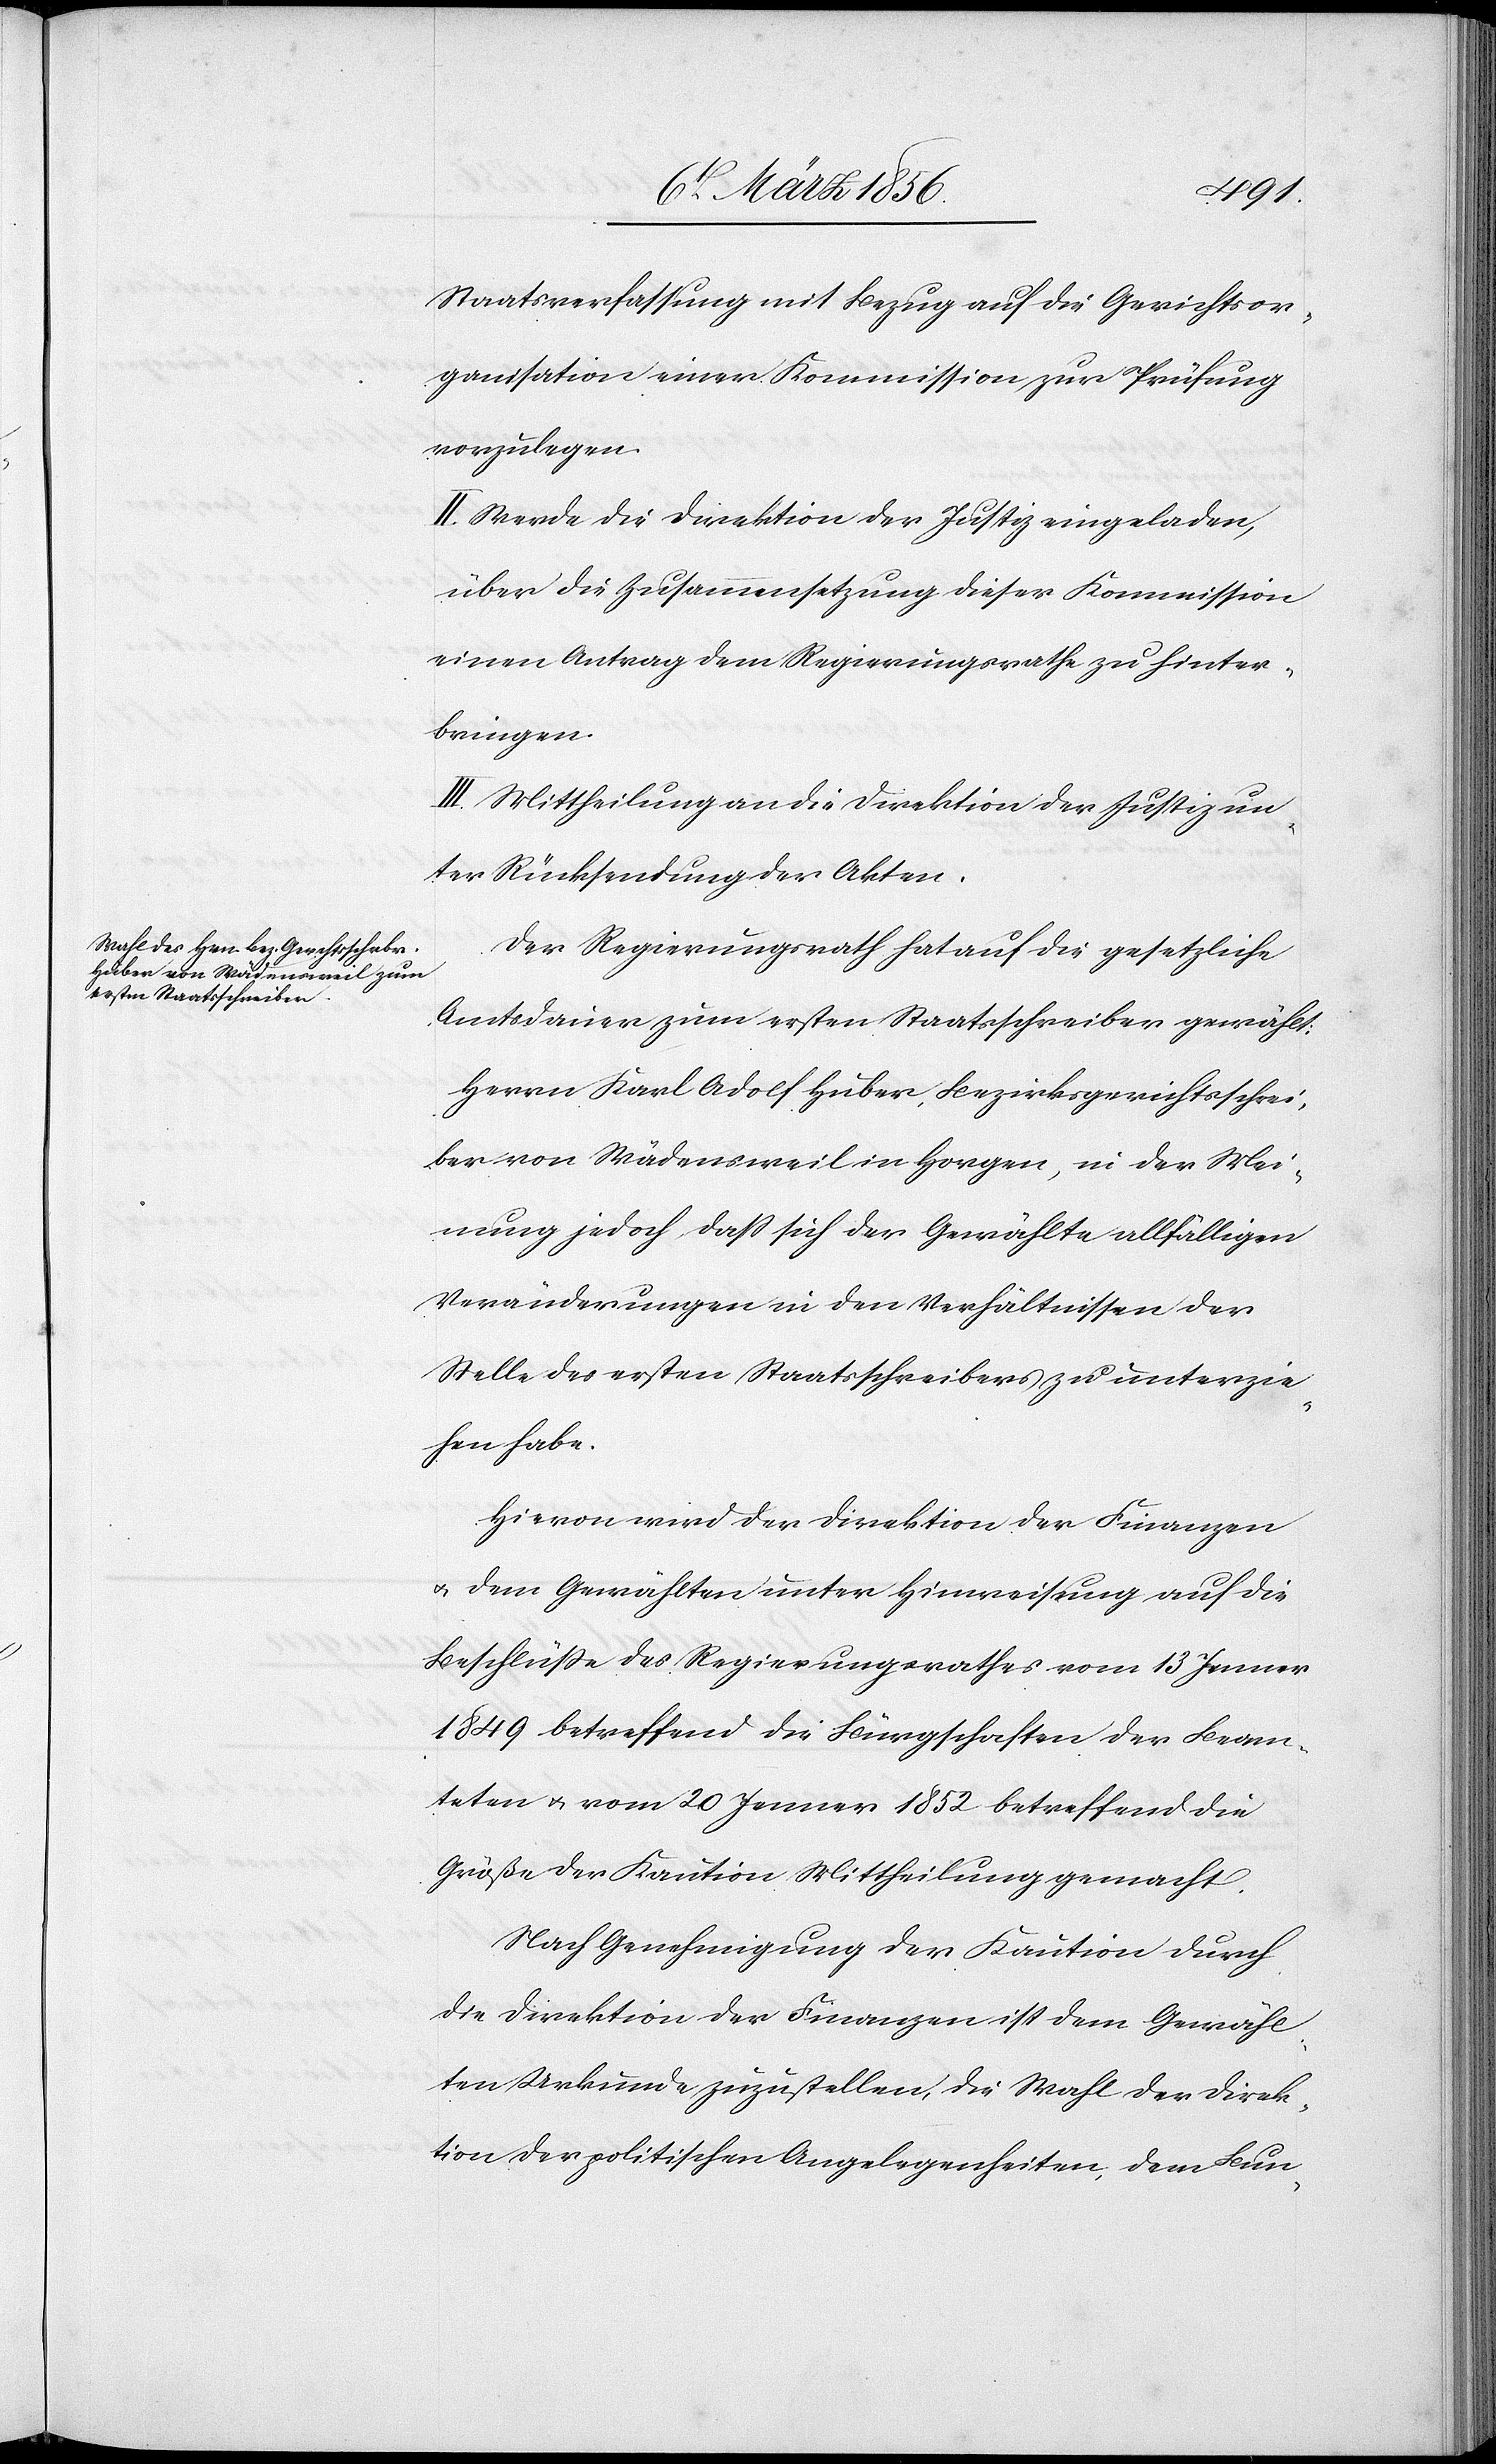
Staatsverfassung mit Bezug auf die Gerichtsor¬
ganisation einer Kommission zur Prüfung
vorzulegen.
II. Werde die Direktion der Justiz eingeladen,
über die Zusammensetzung dieser Kommission
einen Antrag dem Regierungsrathe zu hinter¬
bringen.
III. Mittheilung an die Direktion der Justiz un¬
ter Rücksendung der Akten.
Der Regierungsrath hat auf die gesetzliche
Amtsdauer zum ersten Staatsschreiber gewählt:
Herrn Karl Adolf Huber, Bezirksgerichtsschrei¬
ber von Wädensweil in Horgen, in der Mei¬
nung jedoch daß sich der Gewählte allfälligen
Veränderungen in den Verhältnissen der
Stelle des ersten Staatsschreibers zu unterzie¬
hen habe.
Hievon wird der Direktion der Finanzen
u. dem Gewählten unter Hinweisung auf die
Beschlüße des Regierungsrathes vom 13 Jenner
1849 betreffend die Bürgschaften der Beam¬
teten u. vom 20 Jenner 1852 betreffend die
Größe der Kaution Mittheilung gemacht.
Nach Genehmigung der Kaution durch
die Direktion der Finanzen ist dem Gewähl¬
ten Urkunde zuzustellen, die Wahl der Direk¬
tion der politischen Angelegenheiten, dem Bun-